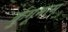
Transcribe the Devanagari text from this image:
कुंगूमाम